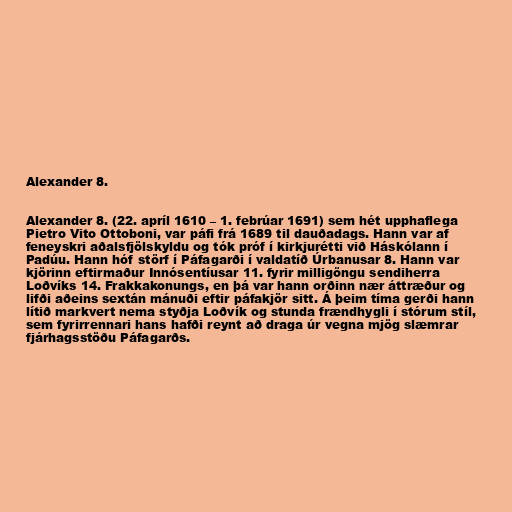
Alexander 8.

Alexander 8. (22. apríl 1610 – 1. febrúar 1691) sem hét upphaflega
Pietro Vito Ottoboni, var páfi frá 1689 til dauðadags. Hann var af
feneyskri aðalsfjölskyldu og tók próf í kirkjurétti við Háskólann í
Padúu. Hann hóf störf í Páfagarði í valdatíð Úrbanusar 8. Hann var
kjörinn eftirmaður Innósentíusar 11. fyrir milligöngu sendiherra
Loðvíks 14. Frakkakonungs, en þá var hann orðinn nær áttræður og
lifði aðeins sextán mánuði eftir páfakjör sitt. Á þeim tíma gerði hann
lítið markvert nema styðja Loðvík og stunda frændhygli í stórum stíl,
sem fyrirrennari hans hafði reynt að draga úr vegna mjög slæmrar
fjárhagsstöðu Páfagarðs.